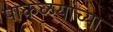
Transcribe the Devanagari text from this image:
पाकळयांच्या